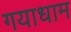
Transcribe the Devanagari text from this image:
गयाधाम